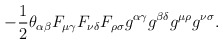
\begin{align*}- \frac12\theta_{\alpha\beta}F_{\mu \gamma}F_{\nu \delta}F_{\rho \sigma}g^{\alpha\gamma}g^{\beta\delta}g^{\mu\rho}g^{\nu\sigma} .\end{align*}